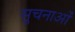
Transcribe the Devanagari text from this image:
सुचनाओं